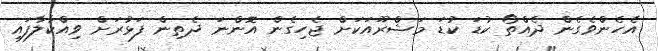
އެހެންވެގެން ދެއްތޯ ކުޑަ ކުޑަ މަޝްރޫއަކަށް ޖެހިގެން އޮންނަ ދެތިން ފަޅުރަށް ވިއްކާލާފައި